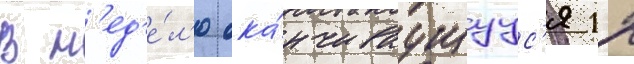
В н'ед'е́л'ю ока́нчиваущуус'я 12